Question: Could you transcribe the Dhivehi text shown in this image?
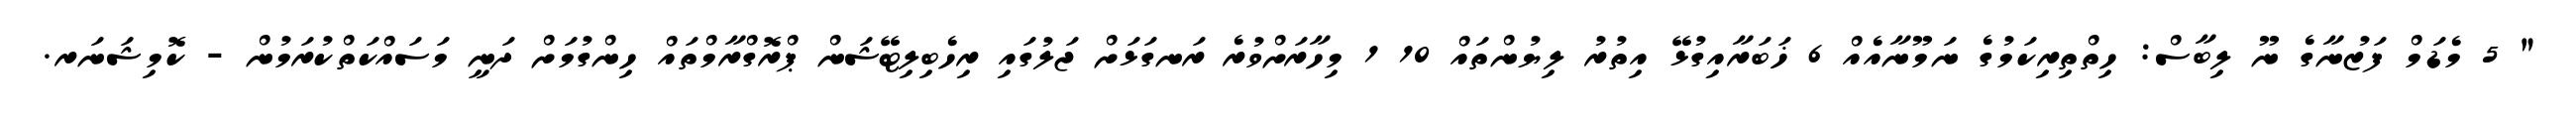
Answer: " 5 މެޑަމް ފަޒުނާގެ ނޫ ލިބާސް: ހިތްތިރިކަމުގެ ނަމޫނާއެއް 6 ޚަބަރާއިގުޅޭ އިތުރު ލިޔުންތައް 10 1 މިހާރަށްވުރެ ރަނގަޅަށް ޖަލުގައި ރިހެބިލިޓޭޝަން ޕްރޮގްރާމްތައް ހިންގުމަށް ދަނީ މަސައްކަތްކުރަމުން - ކޮމިޝަނަރ.